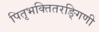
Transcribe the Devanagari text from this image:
पितृभक्तितरङ्गिणी